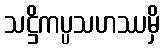
သဋ္ဌိကပ္ပသဟဿမှိ